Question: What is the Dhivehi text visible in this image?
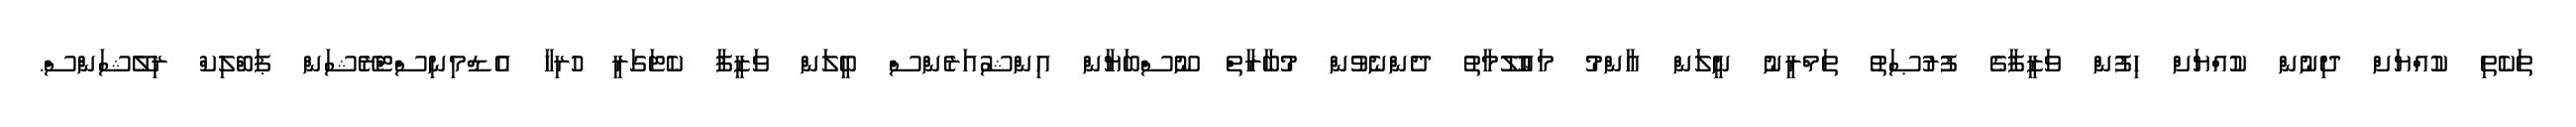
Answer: ތަކެތި ކުއްޔަށް ދިނުން ކުއްޔަށް ހިފުން ވަޒީފާގެ ފުރުޞަތު ތަމްރީނު ނީލަން ޢާންމު މަޢުލޫމާތު ދެންނެވުން މުބާރާތް ނޫސްބަޔާން އިންޝުއަރެންސް ބީލަން ވަޒީފާ ކެޓަގަރީ ހުރިހާ އެޑްމިނިސްޓްރޭޝަން ޕަބްލިކް ރިލޭޝަންސް.